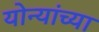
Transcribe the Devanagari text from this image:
योन्यांच्या